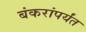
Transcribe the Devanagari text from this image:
बंकरांपर्यंत